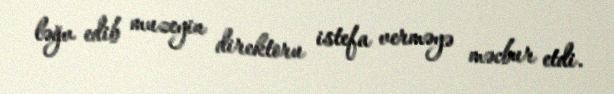
ləğv edib muzeyin direktoru istefa verməyə məcbur etdi.